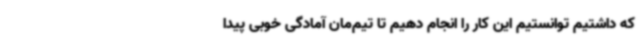
که داشتیم توانستیم این کار را انجام دهیم تا تیم‌مان آمادگی خوبی پیدا